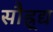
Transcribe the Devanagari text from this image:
सौह्र्द्य